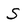
Character: S